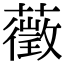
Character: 藢